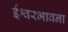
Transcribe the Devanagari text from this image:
ईश्वरभावना